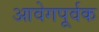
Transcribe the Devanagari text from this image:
आवेगपूर्वक